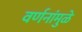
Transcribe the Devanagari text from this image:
वर्णनांमुळे